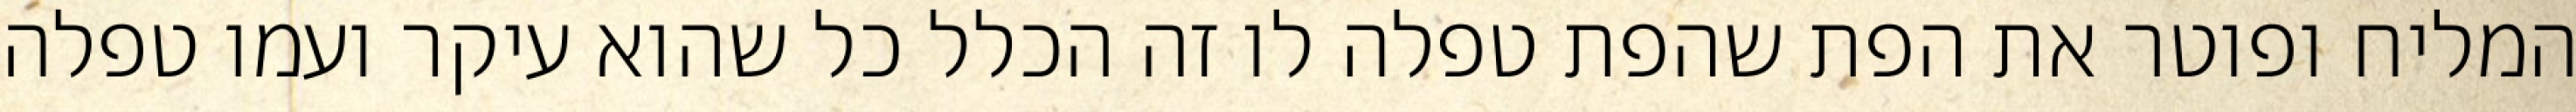
המליח ופוטר את הפת שהפת טפלה לו זה הכלל כל שהוא עיקר ועמו טפלה